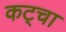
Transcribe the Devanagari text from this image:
कट्चा